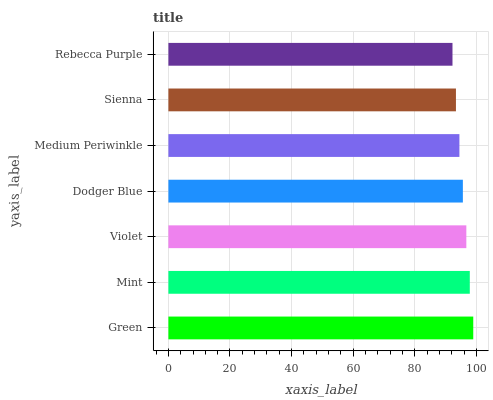
| yaxis_label | bars |
 | --- | --- |
 | Green | 99 |
 | Mint | 97.9 |
 | Violet | 96.8 |
 | Dodger Blue | 95.6 |
 | Medium Periwinkle | 94.5 |
 | Sienna | 93.4 |
 | Rebecca Purple | 92.3 |